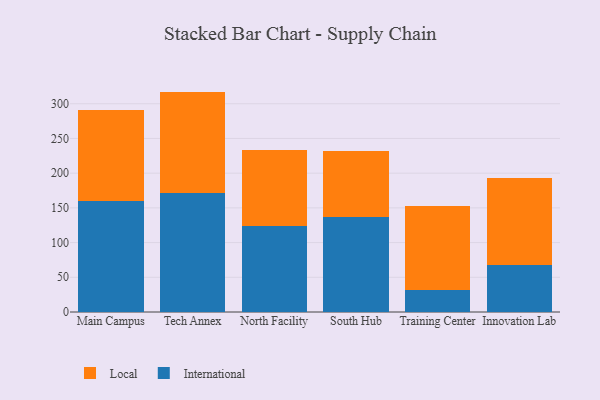
{"axis": {"x": "Campus", "y": "Energy Usage (MWh)"}, "legend": ["International", "Local"], "data": [{"x": "Main Campus", "y": 159.9, "type": "International"}, {"x": "Main Campus", "y": 131.5, "type": "Local"}, {"x": "Tech Annex", "y": 170.9, "type": "International"}, {"x": "Tech Annex", "y": 146.6, "type": "Local"}, {"x": "North Facility", "y": 124.5, "type": "International"}, {"x": "North Facility", "y": 108.2, "type": "Local"}, {"x": "South Hub", "y": 137.2, "type": "International"}, {"x": "South Hub", "y": 94.7, "type": "Local"}, {"x": "Training Center", "y": 31.1, "type": "International"}, {"x": "Training Center", "y": 121.3, "type": "Local"}, {"x": "Innovation Lab", "y": 67.3, "type": "International"}, {"x": "Innovation Lab", "y": 126.3, "type": "Local"}]}